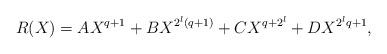
LaTeX: \begin{align*}R(X) = A X^{q+1} + B X^{2^l(q+1)} + C X^{q + 2^l} + D X^{2^lq+1},\end{align*}